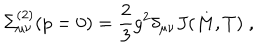
\Sigma _ { \mu \nu } ^ { ( 2 ) } ( p = 0 ) = \frac { 2 } { 3 } g ^ { 2 } \delta _ { \mu \nu } J ( M , T ) \; ,